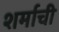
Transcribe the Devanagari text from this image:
शर्माची